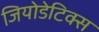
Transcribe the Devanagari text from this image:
जियोडेटिक्स